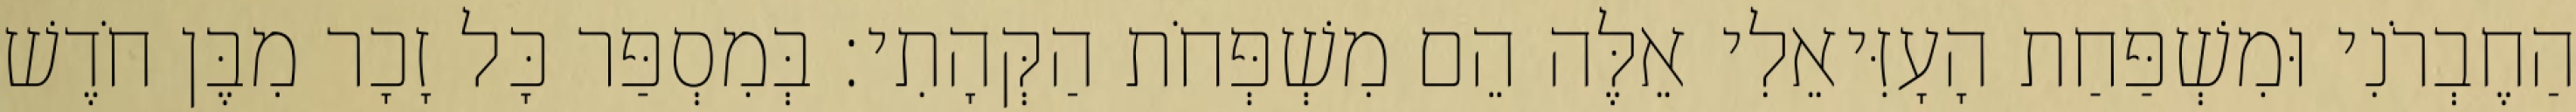
הַחֶבְרֹנִי וּמִשְׁפַּחַת הָעָזִּיאֵלִי אֵלֶּה הֵם מִשְׁפְּחֹת הַקְּהָתִי׃ בְּמִסְפַּר כָּל זָכָר מִבֶּן חֹדֶשׁ